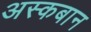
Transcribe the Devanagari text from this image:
अस्कबान